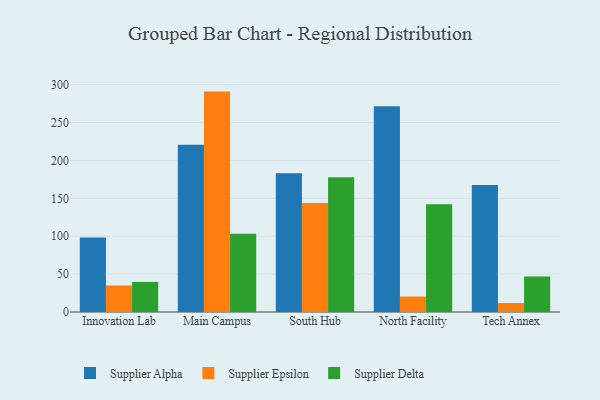
{"axis": {"x": "Campus", "y": "Customer Acquisition Cost (USD)"}, "legend": ["Supplier Alpha", "Supplier Delta", "Supplier Epsilon"], "data": [{"x": "Innovation Lab", "y": 98.2, "type": "Supplier Alpha"}, {"x": "Innovation Lab", "y": 35.0, "type": "Supplier Epsilon"}, {"x": "Innovation Lab", "y": 39.7, "type": "Supplier Delta"}, {"x": "Main Campus", "y": 220.9, "type": "Supplier Alpha"}, {"x": "Main Campus", "y": 290.9, "type": "Supplier Epsilon"}, {"x": "Main Campus", "y": 103.2, "type": "Supplier Delta"}, {"x": "South Hub", "y": 183.2, "type": "Supplier Alpha"}, {"x": "South Hub", "y": 143.9, "type": "Supplier Epsilon"}, {"x": "South Hub", "y": 177.9, "type": "Supplier Delta"}, {"x": "North Facility", "y": 271.7, "type": "Supplier Alpha"}, {"x": "North Facility", "y": 20.4, "type": "Supplier Epsilon"}, {"x": "North Facility", "y": 142.2, "type": "Supplier Delta"}, {"x": "Tech Annex", "y": 167.5, "type": "Supplier Alpha"}, {"x": "Tech Annex", "y": 11.9, "type": "Supplier Epsilon"}, {"x": "Tech Annex", "y": 46.9, "type": "Supplier Delta"}]}